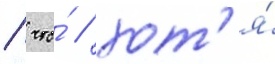
/ что́ / хот'я́